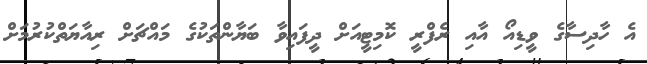
އެ ހާދިސާގެ ވީޑިއޯ އާއި ރެފްރީ ކޮމިޓީއަށް ދީފައިވާ ބަޔާންތަކުގެ މައްޗަށް ރިއާޔަތްކުރުމަށް